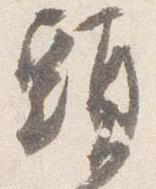
頭